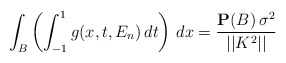
\begin{align*}\int_{B}\left( \int_{-1}^{1}g(x,t,E_{n})\,dt\right) \,dx=\frac{{\bf P}(B)\,\sigma ^{2}}{||K^{2}||} \end{align*}